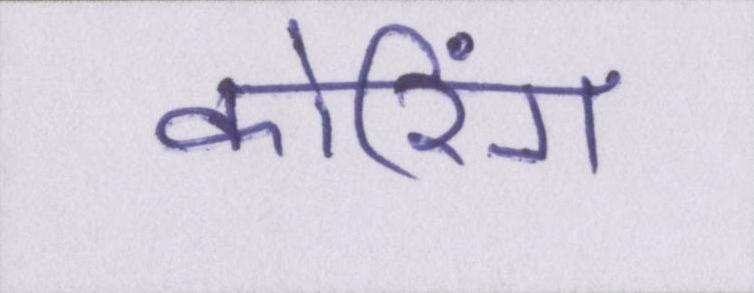
कोरिंग